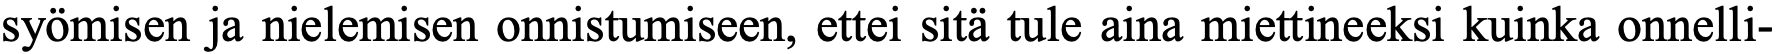
syömisen ja nielemisen onnistumiseen, ettei sitä tule aina miettineeksi kuinka onnelli-